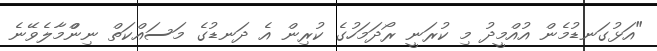
"އަޅުގަނޑުމެން އުއްމީދު މި ކުރަނީ ރޯދަމަހުގެ ކުރިން އެ ދަނޑުގެ މަސައްކަތް ނިންްމާލެވޭނެ